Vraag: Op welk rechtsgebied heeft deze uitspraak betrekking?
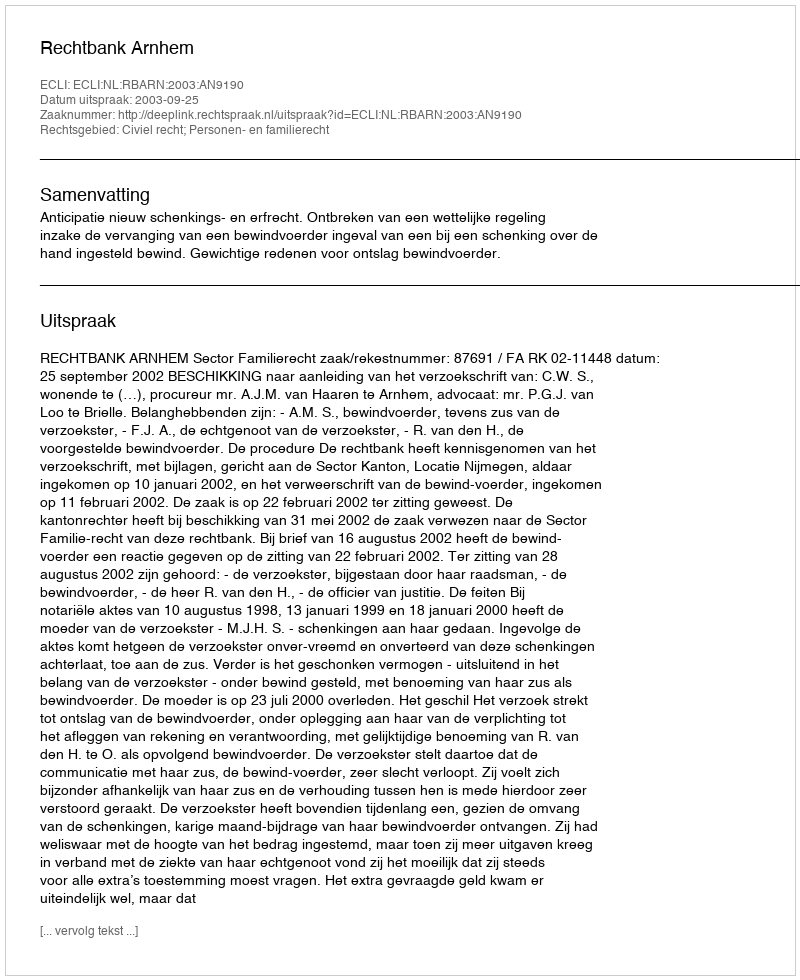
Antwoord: Civiel recht; Personen- en familierecht